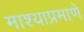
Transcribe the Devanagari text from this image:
माश्याप्रमाणे